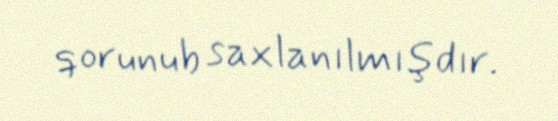
qorunub saxlanılmışdır.